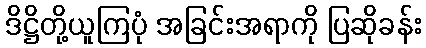
ဒိဋ္ဌိတို့ယူကြပုံ အခြင်းအရာကို ပြဆိုခန်း